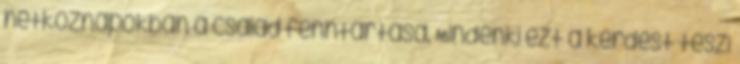
hétköznapokban a család fenntartása. Mindenki ezt a kérdést teszi